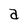
Character: a